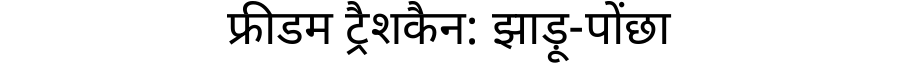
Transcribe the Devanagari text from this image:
फ्रीडम ट्रैशकैन: झाड़ू-पोंछा